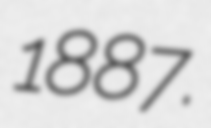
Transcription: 1887.